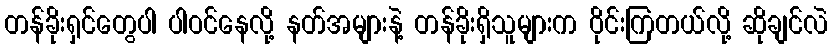
တန်ခိုးရှင်တွေပါ ပါဝင်နေလို့ နတ်အများနဲ့ တန်ခိုးရှိသူများက ဝိုင်းကြတယ်လို့ ဆိုချင်လဲ